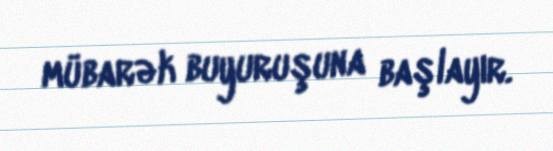
mübarək buyuruşuna başlayır.